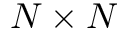
N \times N